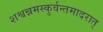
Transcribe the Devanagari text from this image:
शश्वन्नमस्कुर्वन्तमादरात्